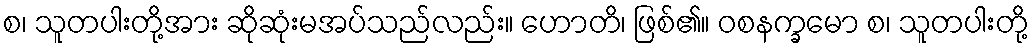
စ၊ သူတပါးတို့အား ဆိုဆုံးမအပ်သည်လည်း။ ဟောတိ၊ ဖြစ်၏။ ဝစနက္ခမော စ၊ သူတပါးတို့